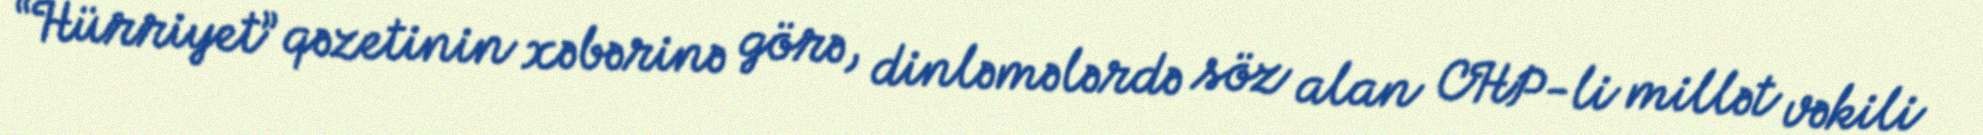
“Hürriyet” qəzetinin xəbərinə görə, dinləmələrdə söz alan CHP-li millət vəkili